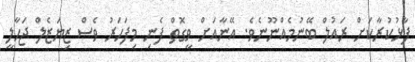
ފާޅުކުރާކަށް ރައުލް ބޭނުމެއްނޫނެވެ. އޭނާއަށް ވީގޮތް ފެނި މިފަހަރު ވެސް ޒިޔަޒެލް ޖަހާލީ